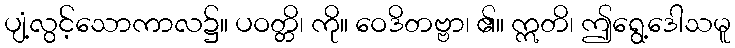
ပျံ့လွင့်သောကာလ၌။ ပဝတ္တိ၊ ကို။ ဝေဒိတဗ္ဗာ၊ ၏။ ဣတိ၊ ဤရွေ့ဒေါသမူ